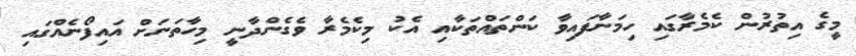
މީގެ އިތުރުން ކެމެރާގައި ހިމަނާފައިވާ ކަންތައްތަކާއި އެކު މިކެމެރާ ވެގެންދާނީ މިހާތަނަށް އައިފޯނެއްގައި